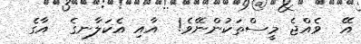
އޭ  ވެއްޖެ މީސްތަކުންނޭވެ!  އާއި އެކަލާނގެ  އާގެ